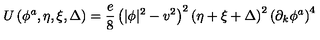
U \left( \phi ^ { a } , \eta , \xi , \Delta \right) = \frac { e } { 8 } \left( | \phi | ^ { 2 } - v ^ { 2 } \right) ^ { 2 } \left( \eta + \xi + \Delta \right) ^ { 2 } \left( \partial _ { k } \phi ^ { a } \right) ^ { 4 }